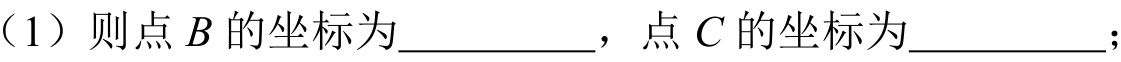
（1）则点\(B\)的坐标为__________，点\(C\)的坐标为__________；